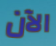
الآن